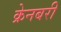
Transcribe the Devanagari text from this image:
क्रेनबरी